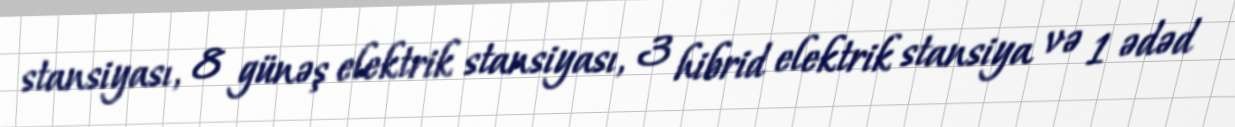
stansiyası, 8 günəş elektrik stansiyası, 3 hibrid elektrik stansiya və 1 ədəd